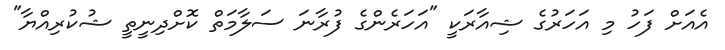
އެއަށް ފަހު މި އަހަރުގެ ޝިއާރަކީ "އަހަރެންގެ ފުރާނަ ސަލާމަތް ކޮށްދިނީތީ ޝުކުރިއްޔާ"